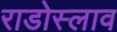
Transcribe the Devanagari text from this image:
राडोस्लाव